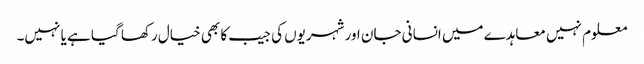
معلوم نہیں معاہدے میں انسانی جان اور شہریوں کی جیب کا بھی خیال رکھا گیا ہے یا نہیں۔